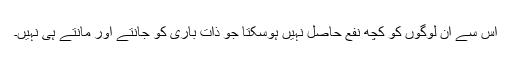
اس سے ان لوگوں کو کچھ نفع حاصل نہیں ہوسکتا جو ذاتِ باری کو جانتے اور مانتے ہی نہیں۔